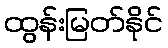
ထွန်းမြတ်နိုင်